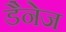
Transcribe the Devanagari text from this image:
डैनेज